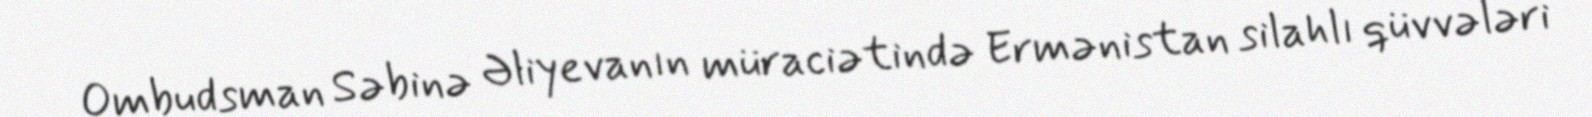
Ombudsman Səbinə Əliyevanın müraciətində Ermənistan silahlı qüvvələri